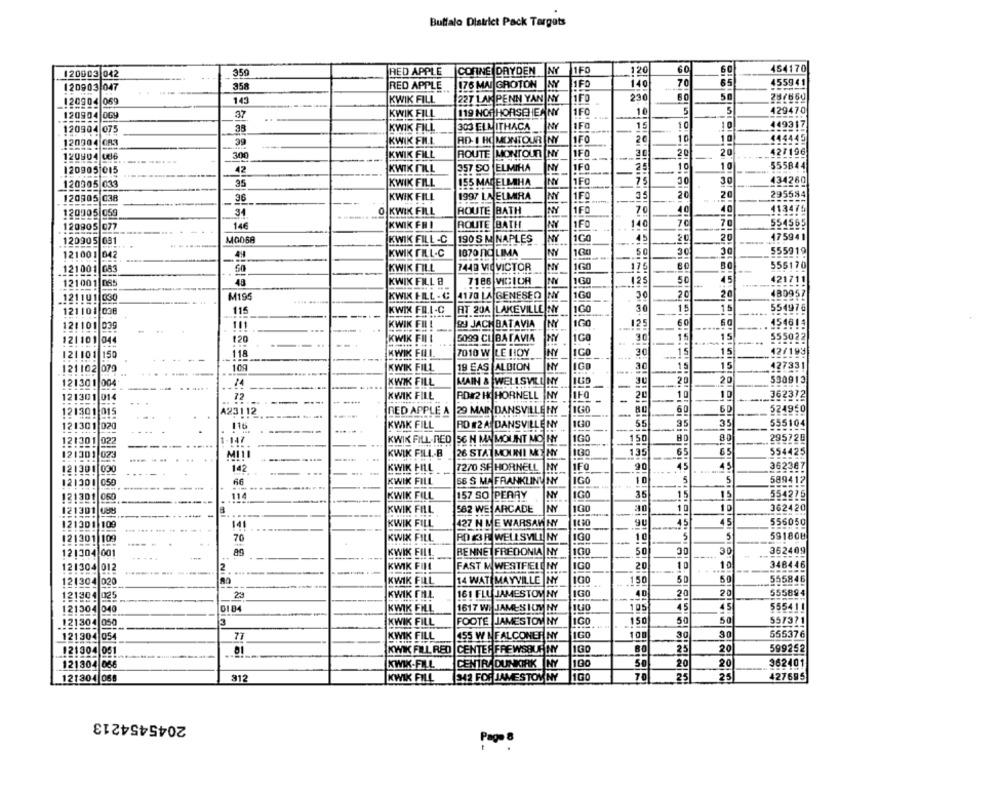
Buffalo District Pack Targets
350
RED APPLE |CORNE DRYDEN NY
1F0
120
60
454170
120003 042
120903 047
358
RED APPLE
176 MAI GROTON NY
1F0
140
70
455941
50
120904 069
143
KWIK FILL
227 LAK PENN YAN NY
1FO
230
25/650
1FC
10
5
5
129470
120904 069
37
KWIK FILL
119 NOP HORSEHER NY
KWIK FILL
303 ELM ITHACA
NY
1F0
1
10
10
449317
120904 075
38
120304 OR3
39
KWIK FIL
AD-I HO MONTOUR NY
IFO
20
10
1 0
444445
427196
120904 086
30
KWIK FILL
ROUTE MONTOUR NY
IFO
30
20
1FO
10
10
$55844
120905 015
42
KWIK FILL
257 SO |ELMIHA
NY
25
35
KWIK FILL
155 MADELLHA
1FC
75
30
30
434260
120305 033
120905 038
36
KWIK FILL
1997 LA ELMIRA
NY
1F0
20
20
295584
113475
120005|059
34
O KWIK FILL
ROUTE BATH
1FC
70
40
40
120905 077
14€
KWIK FHI
ROUTE BATH
NY
1FO
140
70
554565
M0068
NY
1G0
175941
120905 081
KWIK FILL -C
190 S M NAPLES
20
20
KWIK FILL-C
1870 FIC LIMA
NY
100
3
30
555919
121001 042
59
121001
GBS
KWIK FILL
7440 VIO VICTOR
NY
160
175
556170
121001
48
KWIK FILL 8
7186 VICIOR
160
125
50
45
421711
160
20
20
480957
.121 101 030
M195
KWIK FILL . C
4170 LA GENESEO
NY
30
AT 20A LAKEVILLE NY
1GO
30
1.
554976
121101 038
115
KWIK FEL.L-C
KWIK FIL!
99 JACHBATAVIA
NY
1GO
12!
60
154614
121101 039
....
111
-
121101 044
120
KWIK FILL
5099 CL BATAVIA
HY
100
30
15
555922
121101 150
118
KWIK FOI
7010 W |LE HOY
NY
30
15
15
12/199
15
121102 079
109
KWIK FILL
19 EAS ALBION
NY
IGO
-.
30
1,5
127331
MAIN & WELLSVILL NY
20
530913
121301 004
KWIK FILL
-
KWIK FILL
RD 2 HO HORNELL |NY
10
21
362312
121301 014
72
-
10
121301 015
RED APPLE A |29 MAIN DANSVILLE NY
1GO
60
60
524950
A23112
-
121301 020
116
KWIK FILL
RD #2 A DANSVILLENY
35
555104
30
121301 022
-147
KWIK FILL-RED |56 H MAMOUNT MO HY
IG
150
295720
13
13
65
554425
121301 023
Mitl
KWIK FILL-B
26 STAT MOUNI MO NY
KWIK FILL
7270 SF HORNELL NY
IFO
90
45
362387
121301 030
142
121301 059
66
KWIK FILL
56 S MA FRANKLINU NY
IG
10
5
589412
121301 060
114
KWIK FILL
157 SO PERRY
NY
IGO
35
554276
362420
121301 088
KWIK FILL
582 WE: ARCADE
NY
100
427 N ME WARSAW NY
1130
5
556050
121301 109
141
KWIK FILL
121301 109
70
KWIK FILL
ROKBE WELLSVILL NY
IG
10
5
591808
121304 001
KWIK FILL
BENNE FREDONIA NY
100
50
30
30
362409
121304 012
2
KWIK FILL
FAST M WESTFIELD NY
IGO
20
10
10
348446
121304|020
-
KWIK FILL
14 WAT MAYVILLE NY
150
50
50
555846
KWIK FALL
IG
40
20
20
555894
121304
025
23
161 FIL JAMESTOV NY
121304 040
KWIK FILL
1617 W. JAMES HUM NY
140
105
45
45
555411
!21304 050
3
KWIK FILL
FOOTE JAMESTOV NY
IGO
150
50
50
557371
1GO
100
555376
121304 054
77
KWIK FILL
155 WI FALCONER NY
30
KWIK FILL RED CENTER FREWSQUE NY
100
25
20
599252
121304 051
121304 066
KWIK-FILL
CENTRA DUNKIRK NY
100
20
20
362401
121304 068
312
KWIK FILL
342 FOR JAME STOV NY
100
70
25
25
427695
2045454213
Page 8